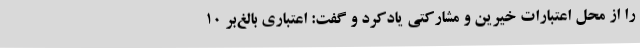
را از محل اعتبارات خیرین و مشارکتی یادکرد و گفت: اعتباری بالغ‌بر 10